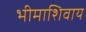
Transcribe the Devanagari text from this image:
भीमाशिवाय